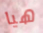
هيا